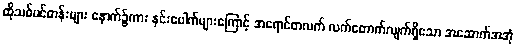
ထိုသစ်ပင်တန်းများ နောက်၌ကား နှင်းပေါက်များကြောင့် အရောင်တလက် လက်တောက်လျက်ရှိသော အဆောက်အအုံ